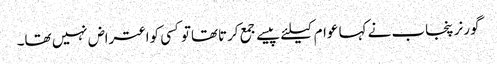
گورنر پنجاب نے کہا عوام کیلئے پیسے جمع کرتاتھاتوکسی کواعتراض نہیں تھا۔